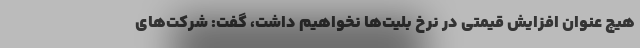
هیچ عنوان افزایش قیمتی در نرخ بلیت‌ها نخواهیم داشت، گفت: شرکت‌های